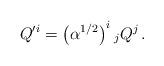
LaTeX: \begin{align*}Q'^i=\left( \alpha ^{1/2}\right) ^i{}_j Q^j\, .\end{align*}